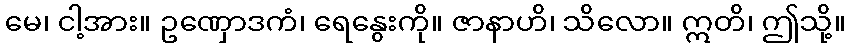
မေ၊ ငါ့အား။ ဥဏှောဒကံ၊ ရေနွေးကို။ ဇာနာဟိ၊ သိလော။ ဣတိ၊ ဤသို့။